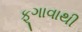
ફૂગાવાથી